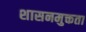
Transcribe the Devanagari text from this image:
शासनमुक्तता